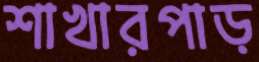
শাখারপাড়